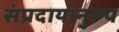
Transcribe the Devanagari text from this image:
संप्रदायानुरूप